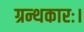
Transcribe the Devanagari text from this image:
ग्रन्थकारः।